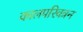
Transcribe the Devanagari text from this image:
कालपरिवत्रन